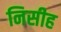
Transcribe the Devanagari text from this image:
निसीह